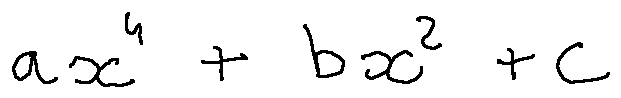
a x ^ { 4 } + b x ^ { 2 } + c